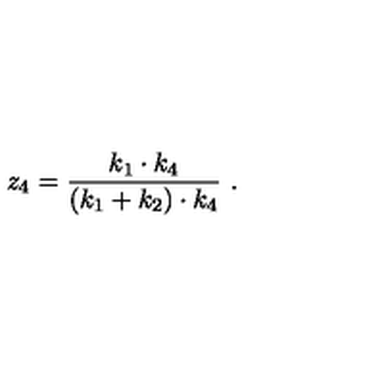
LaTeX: z _ { 4 } = \frac { k _ { 1 } \cdot k _ { 4 } } { ( k _ { 1 } + k _ { 2 } ) \cdot k _ { 4 } } \ .